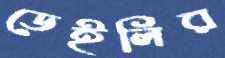
ডেইলির